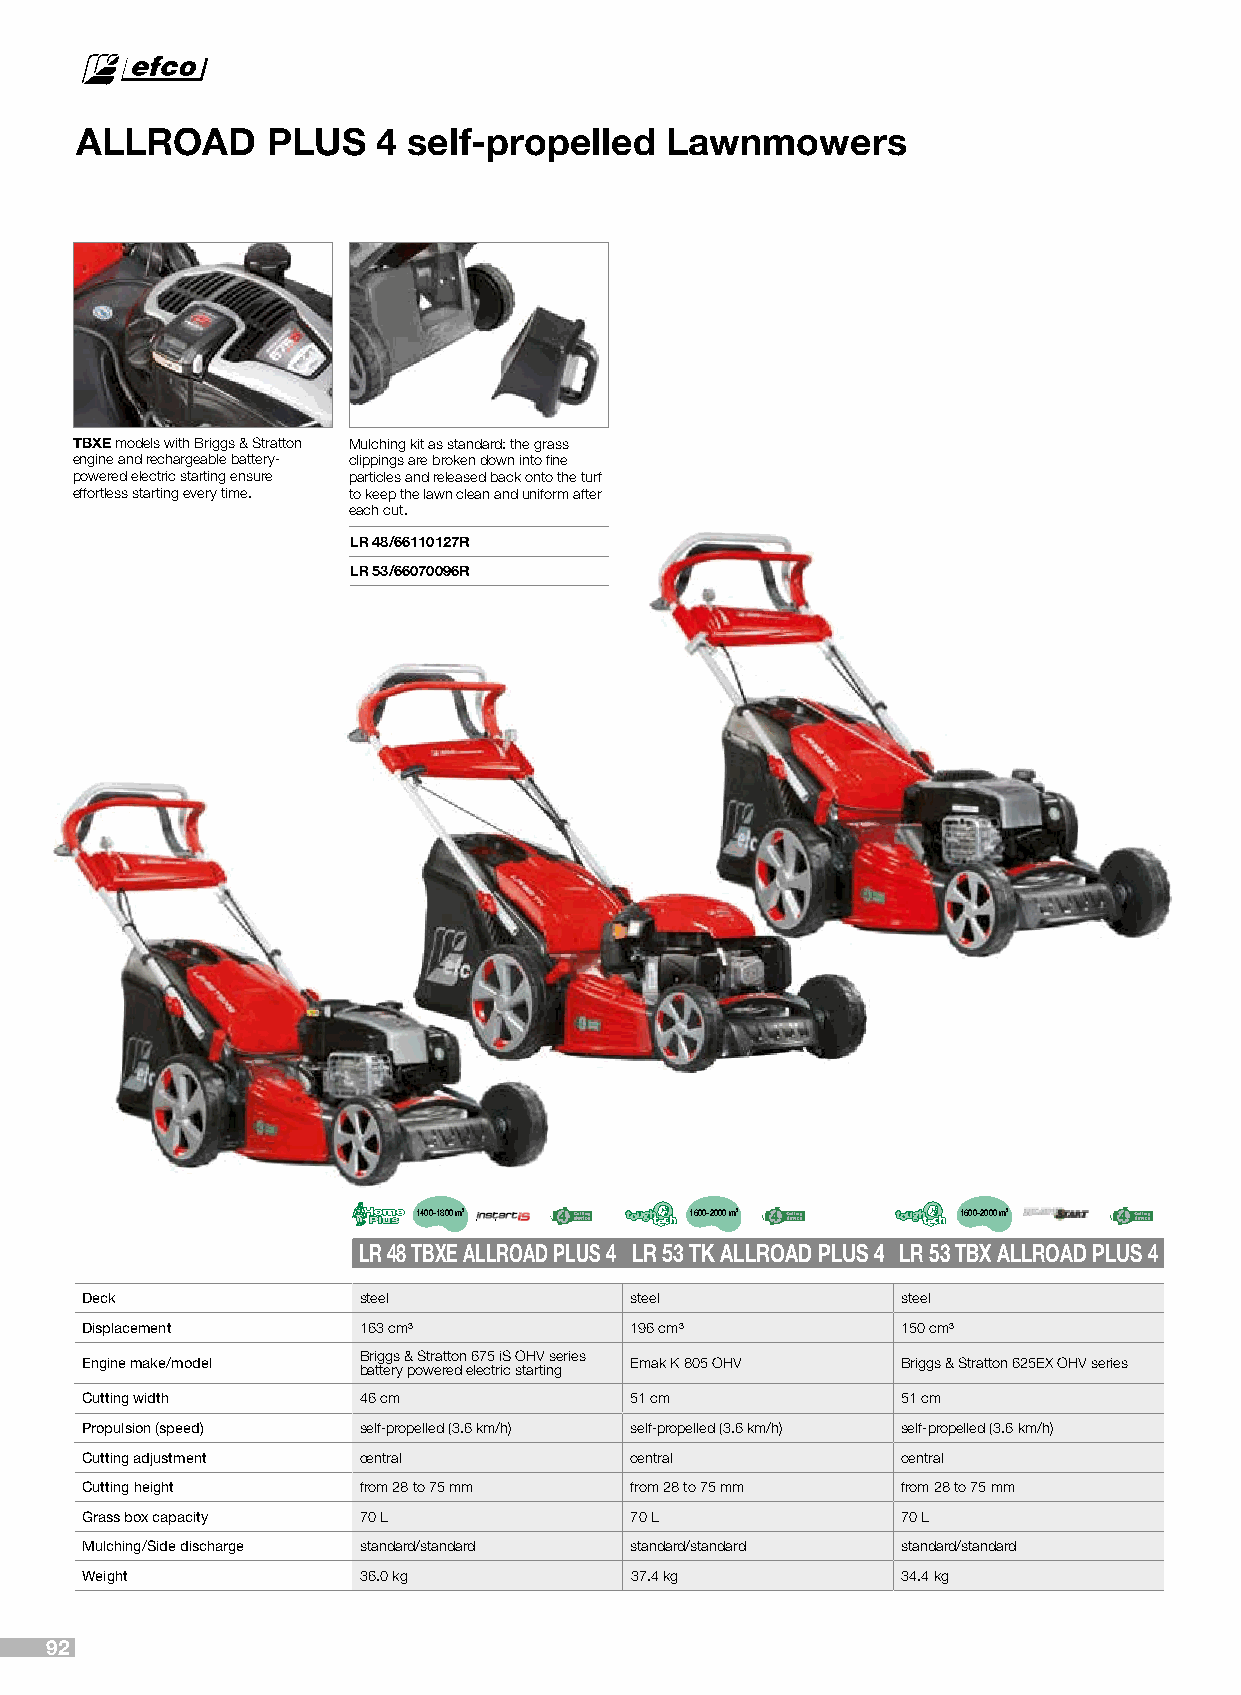
ALLROAD      PLUS   4 self-propelled   Lawnmowers
 TBXE models with Briggs & Stratton Mulching kit as standard: the grass
 engine and rechargeable battery- clippings are broken down into fine
 powered electric starting ensure particles and released back onto the turf
 effortless starting every time. to keep the lawn clean and uniform after
 each cut.
 LR 48/66110127R
 LR 53/66070096R
 1400-1800 m2      1600-2000 m2      1600-2000 m2
 LR 48 TBXE ALLROAD PLUS 4 LR 53 TK ALLROAD PLUS 4 LR 53 TBX ALLROAD PLUS 4
 Deck               steel             steel             steel
 Displacement       163 cm³           196 cm³           150 cm³
 Briggs & Stratton 675 iS OHV series
 Engine make/model                    Emak K 805 OHV    Briggs & Stratton 625EX OHV series
 battery powered electric starting
 Cutting width      46 cm             51 cm             51 cm
 Propulsion (speed) self-propelled (3.6 km/h) self-propelled (3.6 km/h) self-propelled (3.6 km/h)
 Cutting adjustment central           central           central
 Cutting height     from 28 to 75 mm  from 28 to 75 mm  from 28 to 75 mm
 Grass box capacity 70 L              70 L              70 L
 Mulching/Side discharge standard/standard standard/standard standard/standard
 Weight             36.0 kg           37.4 kg           34.4 kg
 92